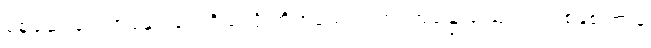
စစ်ဆေးရေးအဖွဲ့နှင့် တွေရှိသလို ကိုက်ခဲသည့် ဘဝအခြေ ဩောင်း တစ်နှစ်ကြာမှ